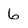
Character: 6